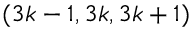
( 3 k - 1 , 3 k , 3 k + 1 )